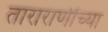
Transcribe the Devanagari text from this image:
ताराराणींच्या